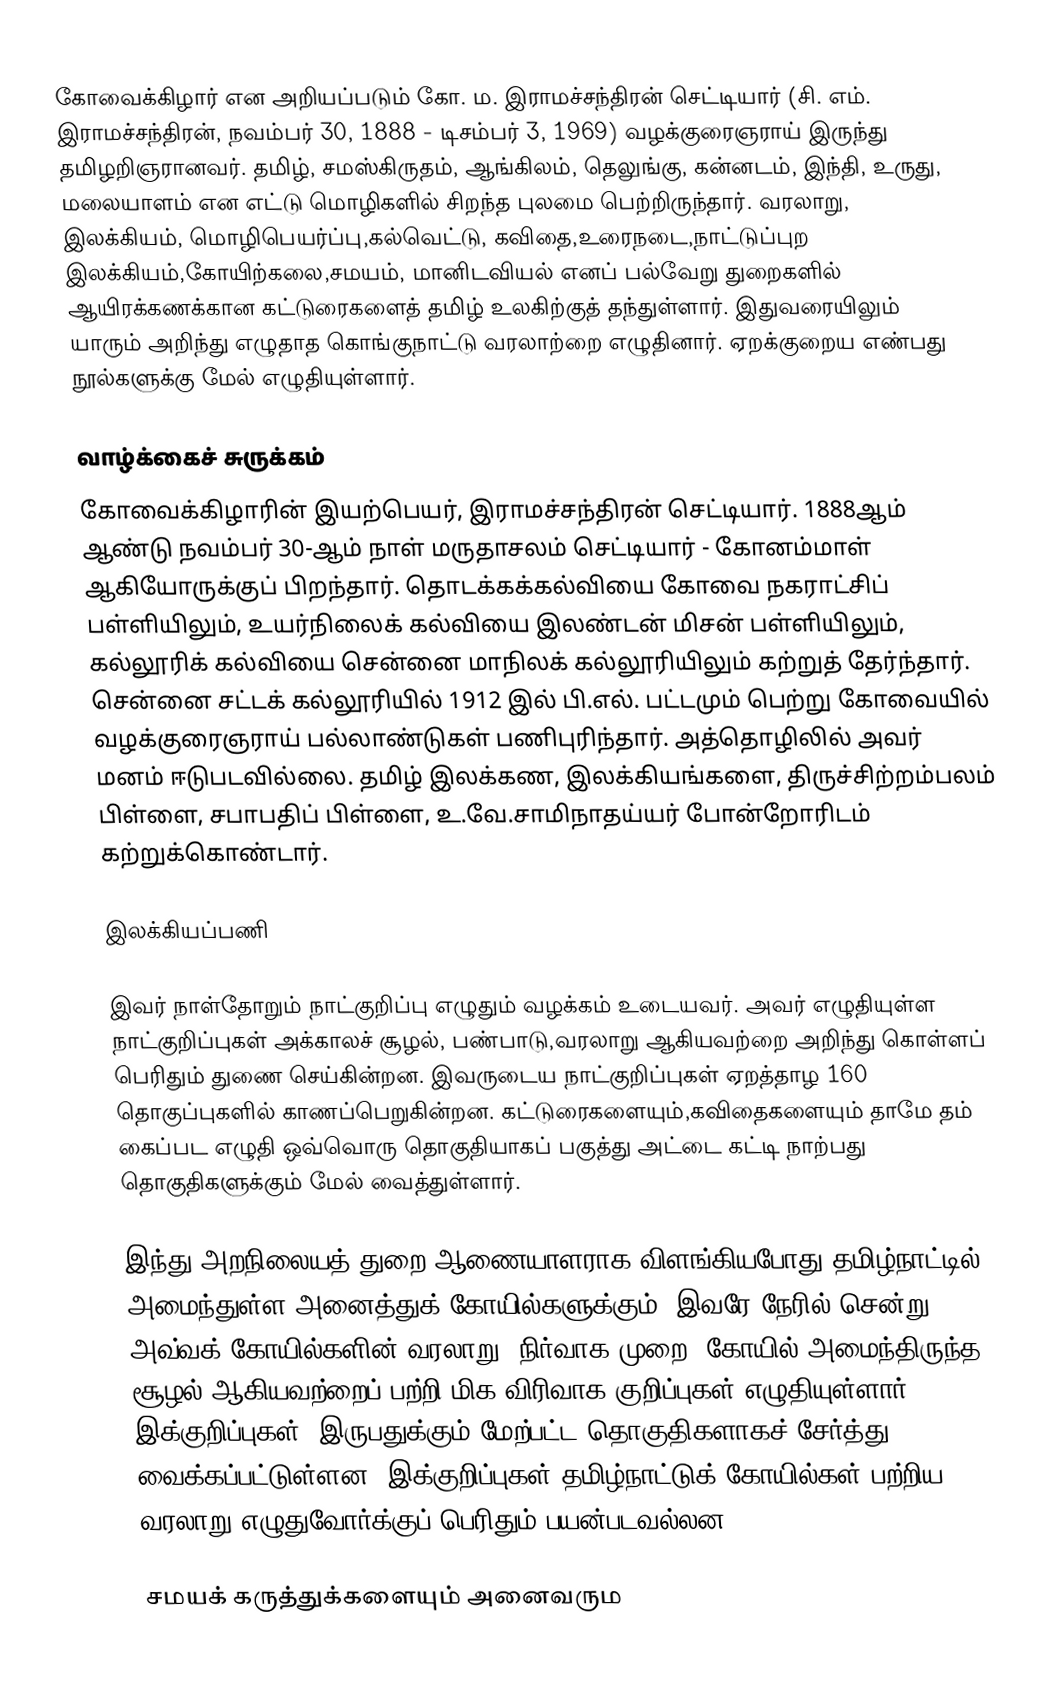
கோவைக்கிழார் என அறியப்படும் கோ. ம. இராமச்சந்திரன் செட்டியார் (சி. எம். இராமச்சந்திரன், நவம்பர் 30, 1888 - டிசம்பர் 3, 1969) வழக்குரைஞராய் இருந்து தமிழறிஞரானவர். தமிழ், சமஸ்கிருதம், ஆங்கிலம், தெலுங்கு, கன்னடம், இந்தி, உருது, மலையாளம் என எட்டு மொழிகளில் சிறந்த புலமை பெற்றிருந்தார். வரலாறு, இலக்கியம், மொழிபெயர்ப்பு,கல்வெட்டு, கவிதை,உரைநடை,நாட்டுப்புற இலக்கியம்,கோயிற்கலை,சமயம், மானிடவியல் எனப் பல்வேறு துறைகளில் ஆயிரக்கணக்கான கட்டுரைகளைத் தமிழ் உலகிற்குத் தந்துள்ளார். இதுவரையிலும் யாரும் அறிந்து எழுதாத கொங்குநாட்டு வரலாற்றை எழுதினார். ஏறக்குறைய எண்பது நூல்களுக்கு மேல் எழுதியுள்ளார்.

வாழ்க்கைச் சுருக்கம்
கோவைக்கிழாரின் இயற்பெயர், இராமச்சந்திரன் செட்டியார். 1888ஆம் ஆண்டு நவம்பர் 30-ஆம் நாள் மருதாசலம் செட்டியார் - கோனம்மாள் ஆகியோருக்குப் பிறந்தார். தொடக்கக்கல்வியை கோவை நகராட்சிப் பள்ளியிலும், உயர்நிலைக் கல்வியை இலண்டன் மிசன் பள்ளியிலும், கல்லூரிக் கல்வியை சென்னை மாநிலக் கல்லூரியிலும் கற்றுத் தேர்ந்தார். சென்னை சட்டக் கல்லூரியில் 1912 இல் பி.எல். பட்டமும் பெற்று கோவையில் வழக்குரைஞராய் பல்லாண்டுகள் பணிபுரிந்தார். அத்தொழிலில் அவர் மனம் ஈடுபடவில்லை. தமிழ் இலக்கண, இலக்கியங்களை, திருச்சிற்றம்பலம் பிள்ளை, சபாபதிப் பிள்ளை, உ.வே.சாமிநாதய்யர் போன்றோரிடம் கற்றுக்கொண்டார்.

இலக்கியப்பணி

இவர் நாள்தோறும் நாட்குறிப்பு எழுதும் வழக்கம் உடையவர். அவர் எழுதியுள்ள நாட்குறிப்புகள் அக்காலச் சூழல், பண்பாடு,வரலாறு ஆகியவற்றை அறிந்து கொள்ளப் பெரிதும் துணை செய்கின்றன. இவருடைய நாட்குறிப்புகள் ஏறத்தாழ 160 தொகுப்புகளில் காணப்பெறுகின்றன. கட்டுரைகளையும்,கவிதைகளையும் தாமே தம் கைப்பட எழுதி ஒவ்வொரு தொகுதியாகப் பகுத்து அட்டை கட்டி நாற்பது தொகுதிகளுக்கும் மேல் வைத்துள்ளார்.

இந்து அறநிலையத் துறை ஆணையாளராக விளங்கியபோது தமிழ்நாட்டில் அமைந்துள்ள அனைத்துக் கோயில்களுக்கும், இவரே நேரில் சென்று அவ்வக் கோயில்களின் வரலாறு, நிர்வாக முறை, கோயில் அமைந்திருந்த சூழல் ஆகியவற்றைப் பற்றி மிக விரிவாக குறிப்புகள் எழுதியுள்ளார். இக்குறிப்புகள், இருபதுக்கும் மேற்பட்ட தொகுதிகளாகச் சேர்த்து வைக்கப்பட்டுள்ளன. இக்குறிப்புகள் தமிழ்நாட்டுக் கோயில்கள் பற்றிய வரலாறு எழுதுவோர்க்குப் பெரிதும் பயன்படவல்லன.

சமயக் கருத்துக்களையும் அனைவரும